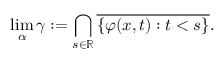
\operatorname* { l i m } _ { \alpha } \gamma : = \bigcap _ { s \in \mathbb { R } } { \overline { { \{ \varphi ( x , t ) : t < s \} } } } .